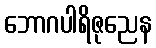
ဘောဂပါရိဇုညေန